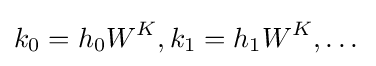
k_{0}=h_{0}W^{K},k_{1}=h_{1}W^{K},\dots